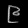
Digit: ၉